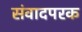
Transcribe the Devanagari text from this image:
संवादपरक